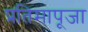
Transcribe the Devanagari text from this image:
प्रतिमापूजा